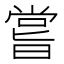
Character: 嘗